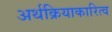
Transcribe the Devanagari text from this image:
अर्थक्रियाकारित्व